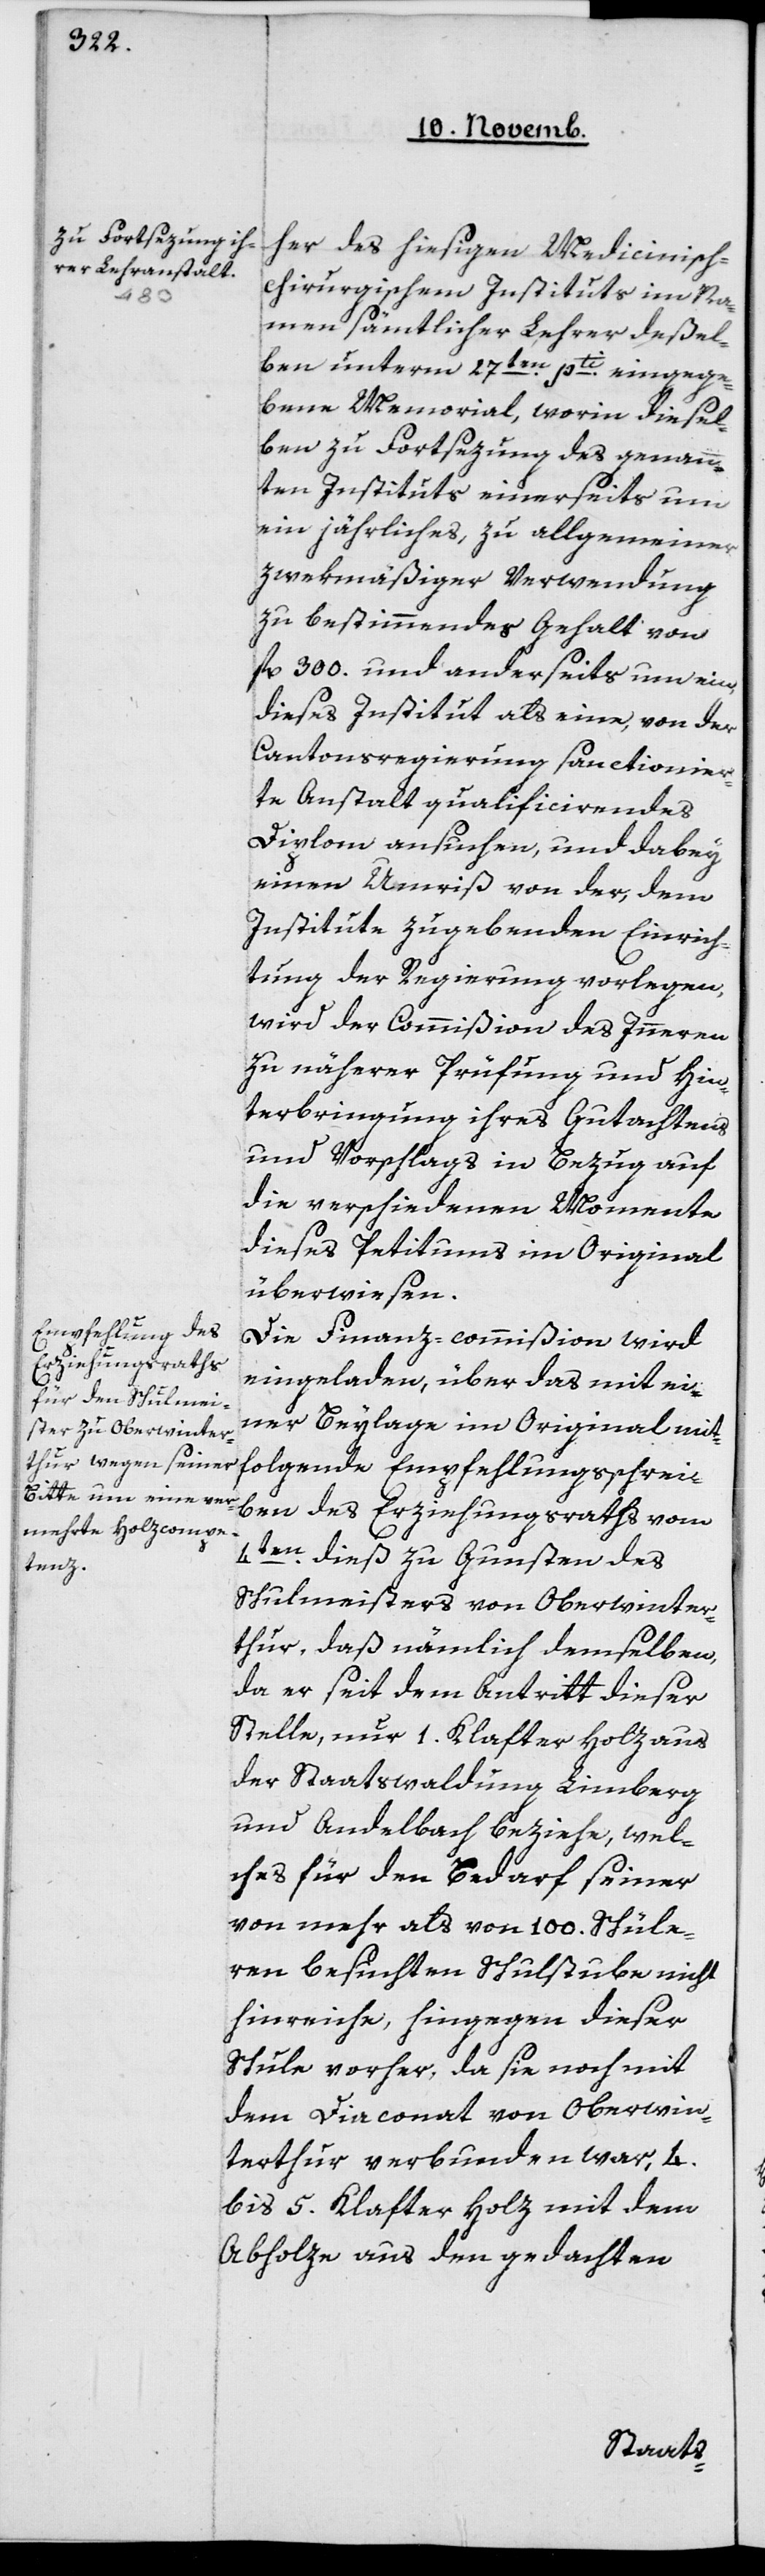
her des hiesigen Medicinisc¬
h-chirurgischem Instituts im Na¬
men sämtlicher Lehrer deßel¬
ben unterm 27ten pti eingege¬
bene Memorial, worin diesel¬
ben zu Fortsezung des genann¬
ten Instituts einerseits um
ein jährliches, zu allgemeiner
zwekmäßiger Verwendung
zu bestimmendes Gehalt von
fl. und anderseits um ein
dieses Institut als eine, von der
Cantonsregierung sanctionier¬
te Anstalt qualificierendes
Diplom ansuchen, und dabey
einen Umriß von der, dem
Institute zu gebenden Einrich¬
tung der Regierung vorlegen,
wird der Commißion des Innern
zu näherer Prüfung und Hin¬
terbringung ihres Gutachtens
und Vorschlags in Bezug auf
die verschiedenen Momente
dieses Petitums im Original
überwiesen.
Die Finanz-commißion wird
eingeladen, über das mit ei¬
ner Beylage im Original mit¬
folgende Empfehlungsschrei¬
ben des Erziehungsraths vom
4ten dieß zu Gunsten des
Schulmeisters von Oberwinter¬
thur, daß nämlich demselben,
da er seit dem Antritt dieser
Stelle, nur 1 Klafter Holz aus
der Staatswaldung Limberg
und Andelbach beziehe, wel¬
ches für den Bedarf seiner
von mehr als von 100 Schüle¬
ren besuchten Schulstube nicht
hinreiche, hingegen dieser
Schule vorher, da sie noch mit
dem Diaconat von Oberwin¬
terthur verbunden war, 4
bis 5 Klafter Holz mit dem
Abholze aus den gedachten